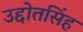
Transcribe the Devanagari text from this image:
उद्दोतसिंह